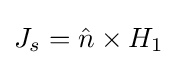
J_{s}={\hat {n}}\times H_{1}